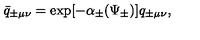
\bar { q } _ { \pm \mu \nu } = \exp [ - \alpha _ { \pm } ( \Psi _ { \pm } ) ] q _ { \pm \mu \nu } ,